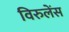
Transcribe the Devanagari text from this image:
विरुलेंस